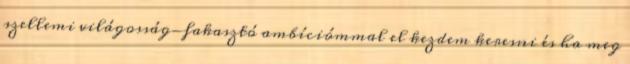
szellemi világosság-fakasztó ambíciómmal el kezdem keresni és ha meg